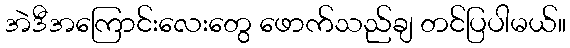
အဲဒီအကြောင်းလေးတွေ ဖောက်သည်ချ တင်ပြပါမယ်။